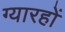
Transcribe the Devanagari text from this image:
ग्यारहों